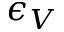
\epsilon _ { V }